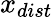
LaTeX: x_{dist}